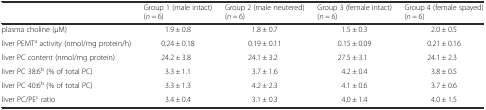
|  | Group 1 (male intact) (n = 6) | Group 2 (male neutered) (n = 6) | Group 3 (female intact) (n = 6) | Group 4 (female spayed) (n = 6) |
 | --- | --- | --- | --- | --- |
 | plasma choline (μM) | 1.9 ± 0.8 | 1.8 ± 0.7 | 1.5 ± 0.3 | 2.0 ± 0.5 |
 | liver PEMTa activity (nmol/mg protein/h) | 0.24 ± 0.18 | 0.19 ± 0.11 | 0.15 ± 0.09 | 0.21 ± 0.16 |
 | liver PC content (nmol/mg protein) | 24.2 ± 3.8 | 24.1 ± 3.2 | 27.5 ± 3.1 | 24.1 ± 2.3 |
 | liver PC 38:6b (% of total PC) | 3.3 ± 1.1 | 3.7 ± 1.6 | 4.2 ± 0.4 | 3.8 ± 0.5 |
 | liver PC 40:6b (% of total PC) | 3.3 ± 1.3 | 4.2 ± 2.3 | 4.1 ± 0.6 | 3.7 ± 0.6 |
 | liver PC/PEc ratio | 3.4 ± 0.4 | 3.1 ± 0.3 | 4.0 ± 1.4 | 4.0 ± 1.5 |